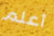
أعلم